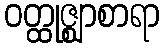
ဝတ္ထုဇ္ဈာစာရာ